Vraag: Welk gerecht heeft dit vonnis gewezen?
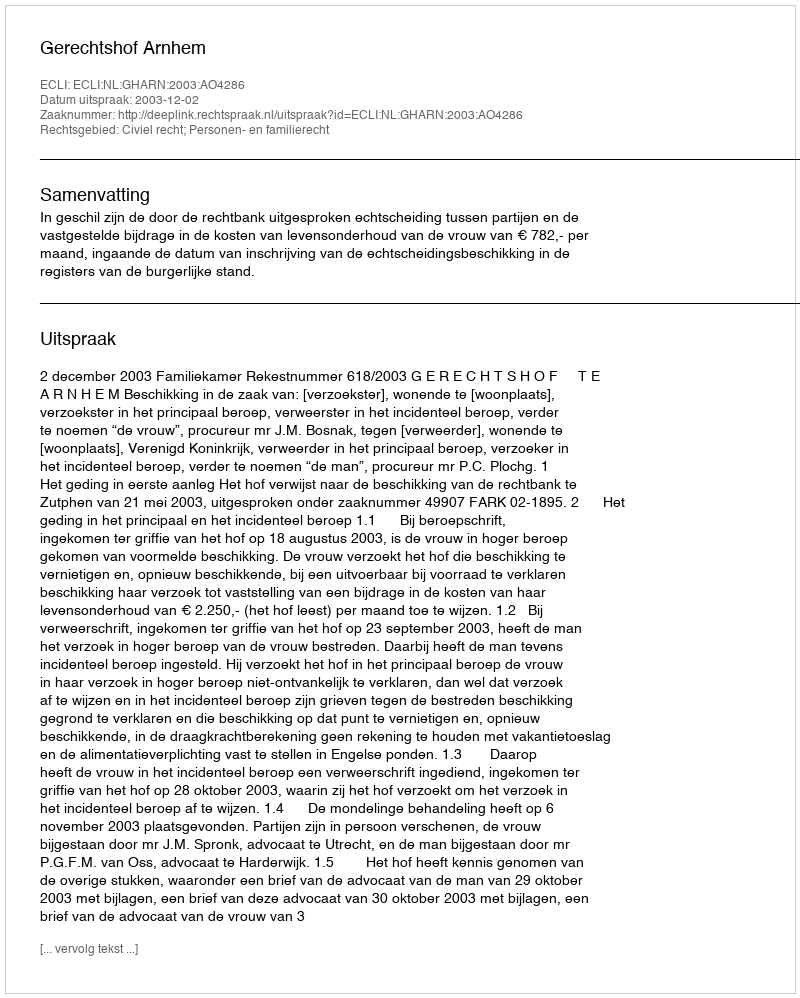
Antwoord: Gerechtshof Arnhem